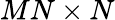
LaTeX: MN\times N